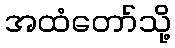
အထံတော်သို့